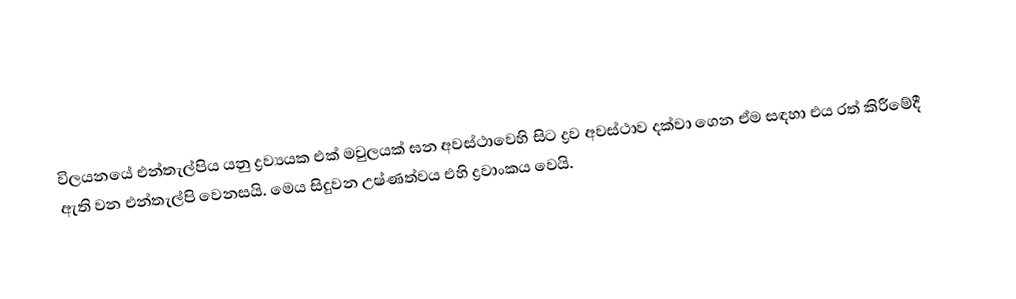
විලයනයේ එන්තැල්පිය යනු ද්‍රව්‍යයක එක් මවුලයක් ඝන අවස්ථාවෙහි සිට ද්‍රව අවස්ථාව දක්වා ගෙන ඒම සඳහා එය රත් කිරීමේදී ඇති වන එන්තැල්පි වෙනසයි. මෙය සිදුවන උෂ්ණත්වය එහි ද්‍රවාංකය වෙයි.